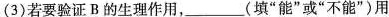
(3)若要验证B的生理作用，___(填”能”或”不能”)用